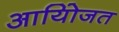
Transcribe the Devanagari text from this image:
आयोिजत